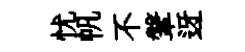
忧帆不鞶迓